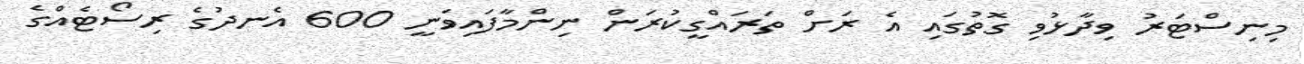
މިނިސްޓަރު ވިދާޅުވި ގޮތުގައި އެ ރަށް ތަރައްގީކުރަން ނިންމާފައިވަނީ 600 އެނދުގެ ރިސޯޓެއްގެ